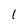
Character: 1